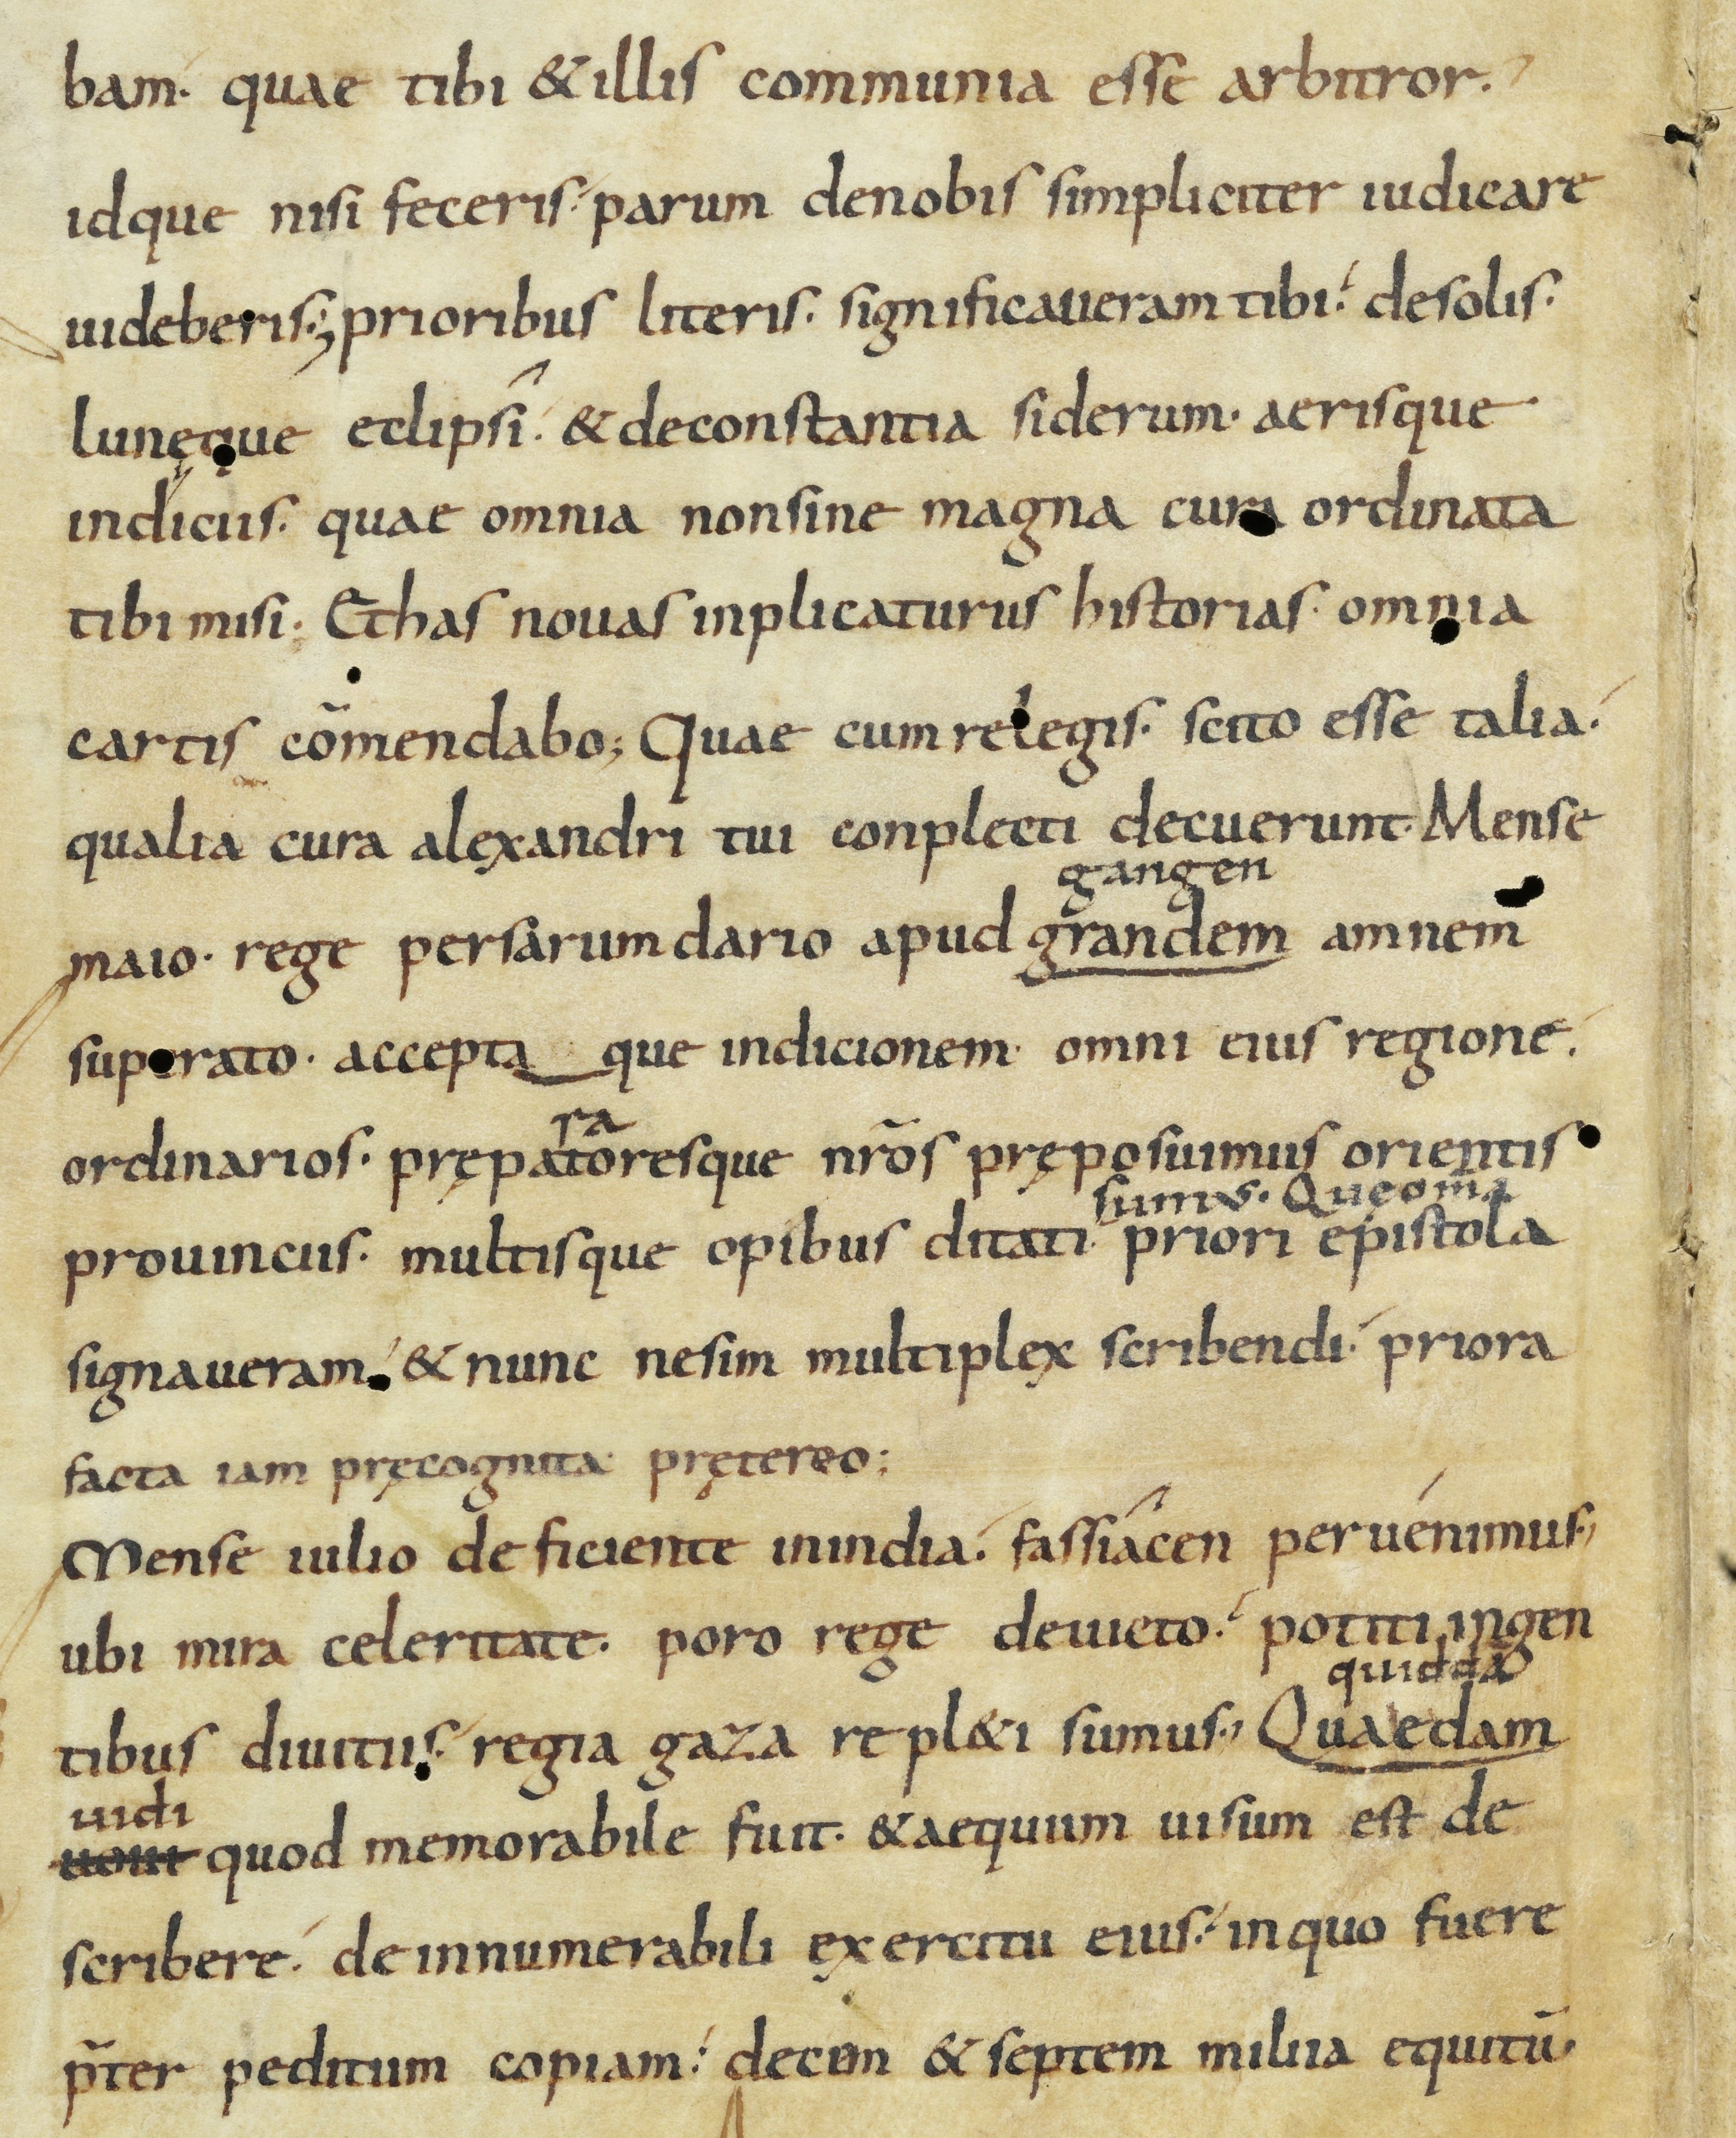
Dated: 900–932